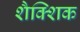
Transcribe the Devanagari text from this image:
शैक्शिक